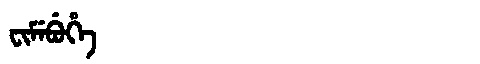
Manchu: ᠸᡳᠮᡝᠪᡠᡥᡝ
Romanization: FIMEBUHE